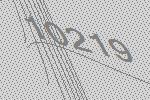
10219